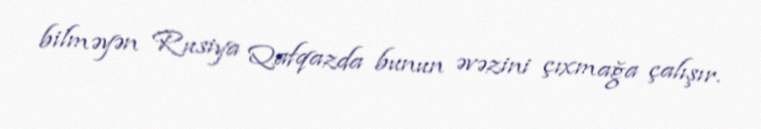
bilməyən Rusiya Qafqazda bunun əvəzini çıxmağa çalışır.